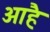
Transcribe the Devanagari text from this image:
आहै